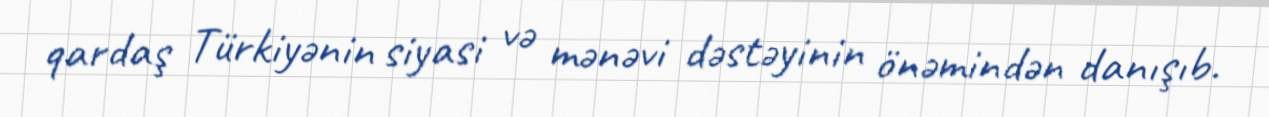
qardaş Türkiyənin siyasi və mənəvi dəstəyinin önəmindən danışıb.